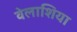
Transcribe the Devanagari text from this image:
वेलाशिया